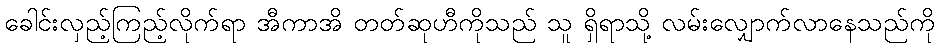
ခေါင်းလှည့်ကြည့်လိုက်ရာ အီကာအိ တတ်ဆုဟီကိုသည် သူ ရှိရာသို့ လမ်းလျှောက်လာနေသည်ကို